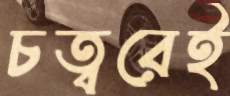
চত্বরেই